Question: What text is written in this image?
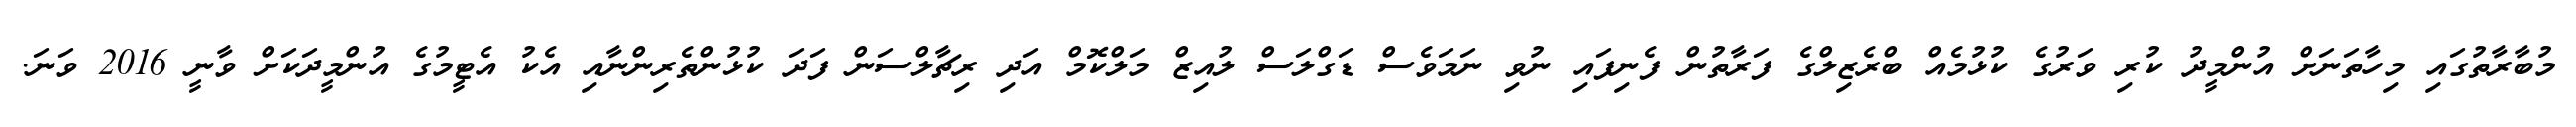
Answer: މުބާރާތުގައި މިހާތަނަށް އުންމީދު ކުރި ވަރުގެ ކުޅުމެއް ބްރެޒިލްގެ ފަރާތުން ފެނިފައި ނުވި ނަމަވެސް ޑަގްލަސް ލުއިޒް މަލްކޮމް އަދި ރިޗާލްސަން ފަދަ ކުޅުންތެރިންނާއި އެކު އެޓީމުގެ އުންމީދަކަށް ވާނީ 2016 ވަނަ.